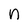
Character: n